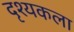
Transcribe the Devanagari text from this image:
दृश्‍यकला